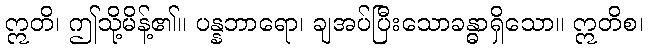
ဣတိ၊ ဤသို့မိန့်၏။ ပန္နဘာရော၊ ချအပ်ပြီးသောခန္ဓာရှိသော။ ဣတိစ၊